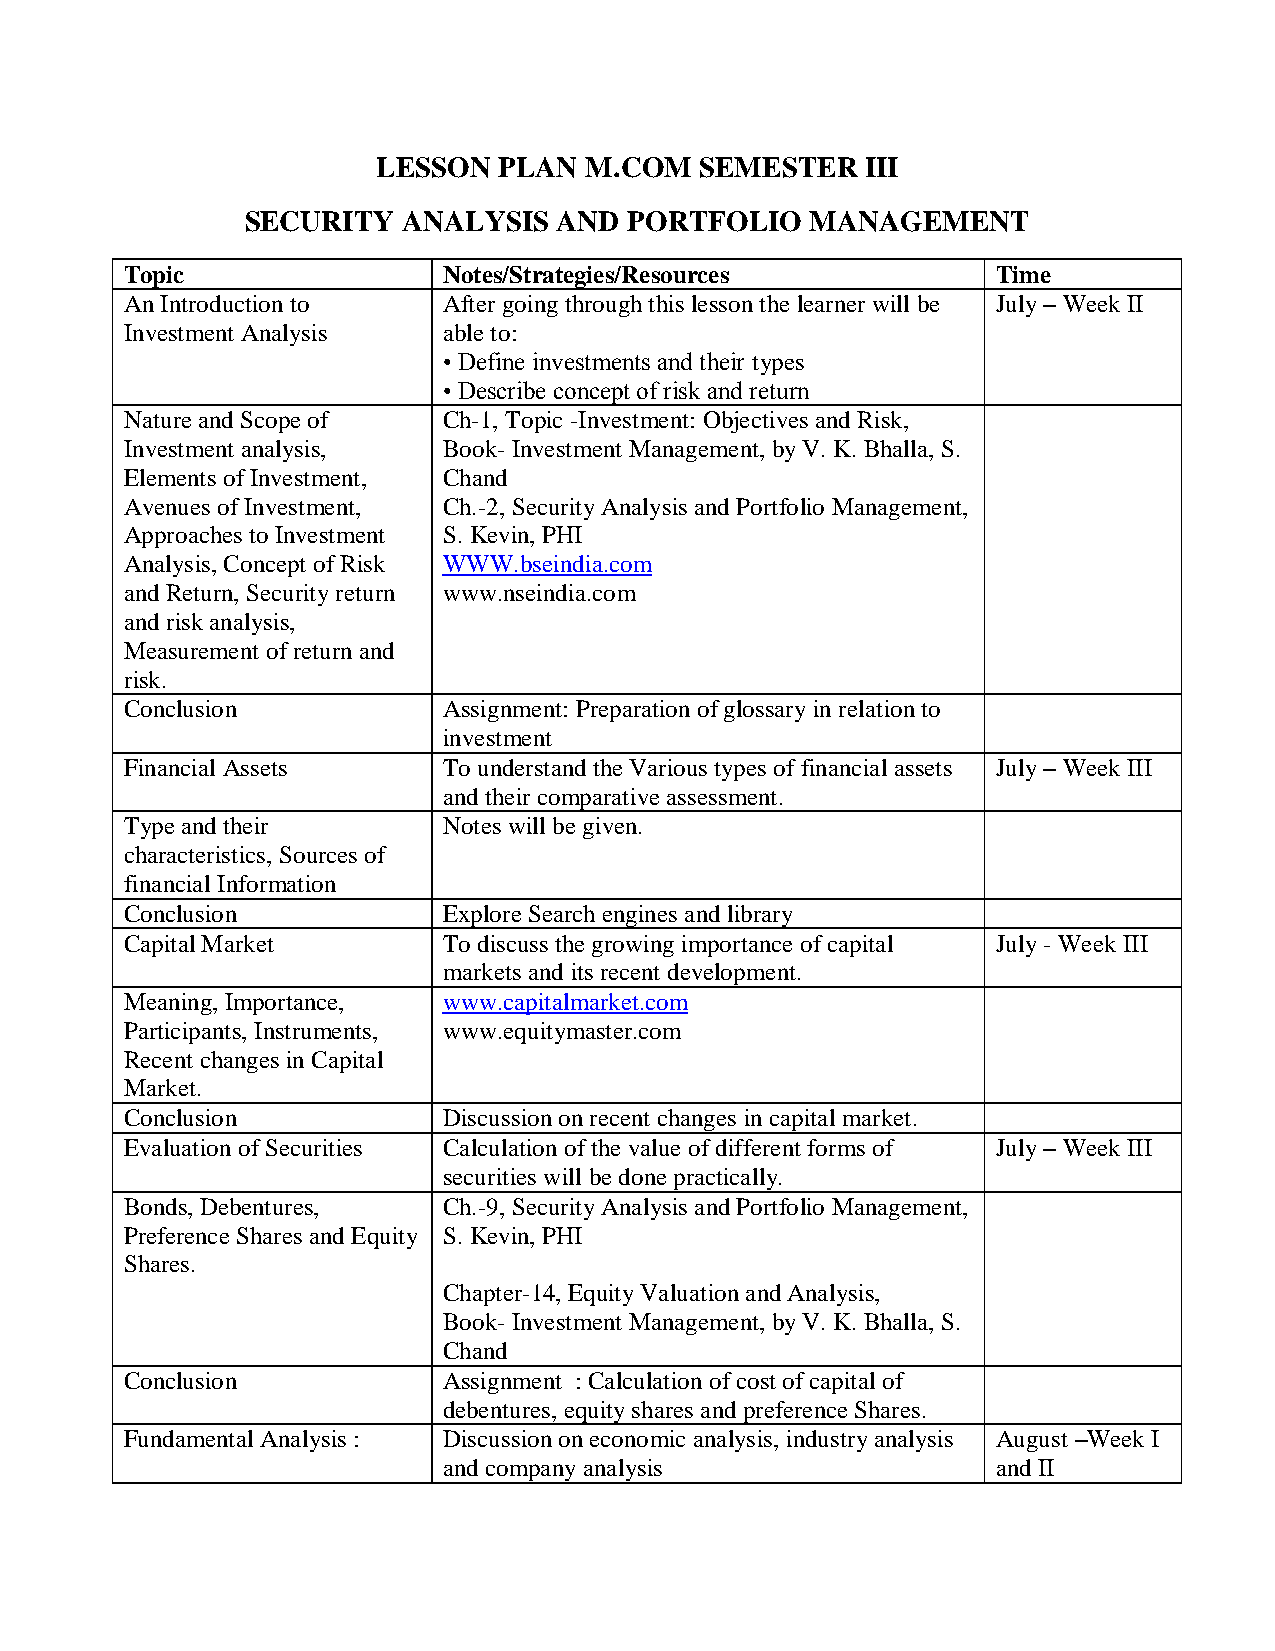
LESSON  PLAN  M.COM  SEMESTER   III
 SECURITY   ANALYSIS  AND  PORTFOLIO   MANAGEMENT
 Topic                Notes/Strategies/Resources           Time
 An Introduction to   After going through this lesson the learner will be July – Week II
 Investment Analysis  able to:
 • Define investments and their types
 • Describe concept of risk and return
 Nature and Scope of  Ch-1, Topic -Investment: Objectives and Risk,
 Investment analysis, Book- Investment Management, by V. K. Bhalla, S.
 Elements of Investment, Chand
 Avenues of Investment, Ch.-2, Security Analysis and Portfolio Management,
 Approaches to Investment S. Kevin, PHI
 Analysis, Concept of Risk WWW.bseindia.com
 and Return, Security return www.nseindia.com
 and risk analysis,
 Measurement of return and
 risk.
 Conclusion           Assignment: Preparation of glossary in relation to
 investment
 Financial Assets     To understand the Various types of financial assets July – Week III
 and their comparative assessment.
 Type and their       Notes will be given.
 characteristics, Sources of
 financial Information
 Conclusion           Explore Search engines and library
 Capital Market       To discuss the growing importance of capital July - Week III
 markets and its recent development.
 Meaning, Importance, www.capitalmarket.com
 Participants, Instruments, www.equitymaster.com
 Recent changes in Capital
 Market.
 Conclusion           Discussion on recent changes in capital market.
 Evaluation of Securities Calculation of the value of different forms of July – Week III
 securities will be done practically.
 Bonds, Debentures,   Ch.-9, Security Analysis and Portfolio Management,
 Preference Shares and Equity S. Kevin, PHI
 Shares.
 Chapter-14, Equity Valuation and Analysis,
 Book- Investment Management, by V. K. Bhalla, S.
 Chand
 Conclusion           Assignment : Calculation of cost of capital of
 debentures, equity shares and preference Shares.
 Fundamental Analysis : Discussion on economic analysis, industry analysis August –Week I
 and company analysis                 and II